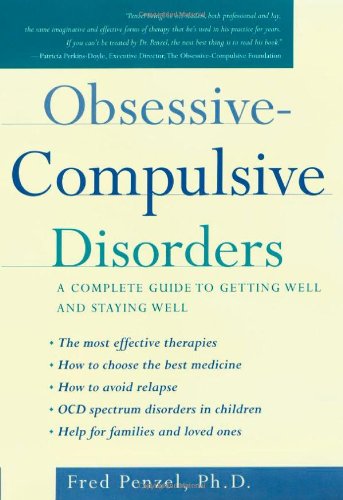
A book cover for Obsessive-Compulsive Disorders: A Complete Guide to Getting Well and Staying Well; Fred Penzel; Health, Fitness & Dieting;